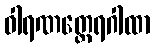
ဝါရဏတ္ထေရဂါထာ